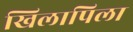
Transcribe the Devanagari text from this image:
खिलापिला